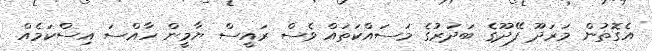
އެގޮތުން މަރަދޫ ފޭދޫގެ ބަދަރުގެ މަސައްކަތައް ވެސް ރައީސް ޔާމީން ހާއްސަ އިސްކަމެއް